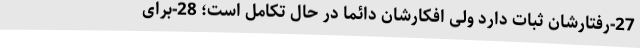
27-رفتارشان ثبات دارد ولی افکارشان دائماً در حال تکامل است؛ 28-برای